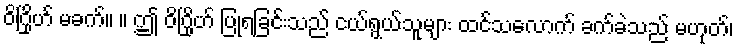
ဝိဂြိုဟ် မခက်။ ။ ဤ ဝိဂြိုဟ် ပြုရခြင်းသည် ငယ်ရွယ်သူများ ထင်သလောက် ခက်ခဲသည် မဟုတ်၊